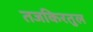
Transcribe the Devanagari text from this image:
तजकिरतुल